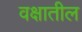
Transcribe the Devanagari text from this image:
वक्षातील